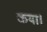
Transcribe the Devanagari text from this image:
कया।